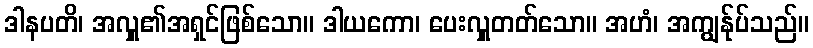
ဒါနပတိ၊ အလှူ၏အရှင်ဖြစ်သော။ ဒါယကော၊ ပေးလှူတတ်သော။ အဟံ၊ အကျွန်ုပ်သည်။